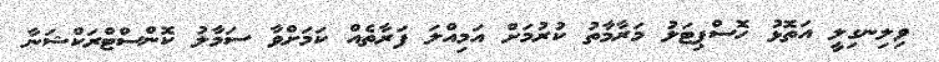
ވިލިނގިލީ އަތޮޅު ހޮސްޕިޓަލު މަރާމާތު ކުރުމަށް އަމިއްލަ ފަރާތެއް ކަމަށްވާ ސަމާލު ކޮންސްޓްރަކްޝަނާ